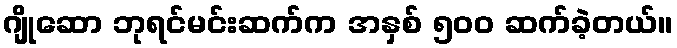
ဂျိုဆော ဘုရင်မင်းဆက်က အနှစ် ၅၀၀ ဆက်ခဲ့တယ်။